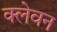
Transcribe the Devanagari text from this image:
क्लेवन